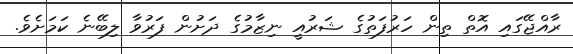
ރާއްޖޭގައި އޮތް ތިން ހަރުފަތުގެ ޝަރުއީ ނިޒާމުގެ ދަށުން ފަރުވާ ލިބޭނެ ކަމަށެވެ.